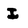
Character: I